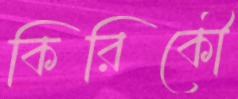
কিরিকৌ